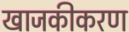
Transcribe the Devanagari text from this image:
खाजकीकरण